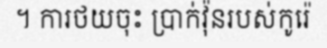
។ ការថយចុះ ប្រាក់វ៉ុនរបស់កូរ៉េ